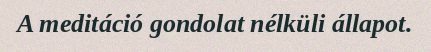
A meditáció gondolat nélküli állapot.